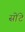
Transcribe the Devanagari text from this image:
सोंटे